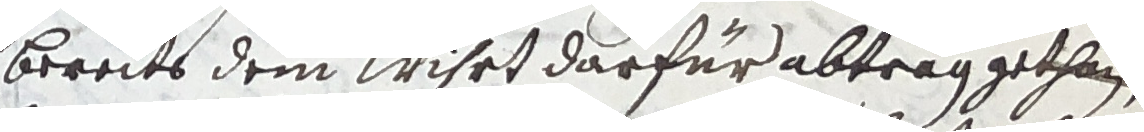
bereits dem wihrt darfür abtrag gethan